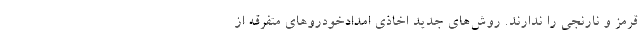
قرمز و نارنجی را ندارند. روش‌های جدید اخاذی امدادخودروهای متفرقه از